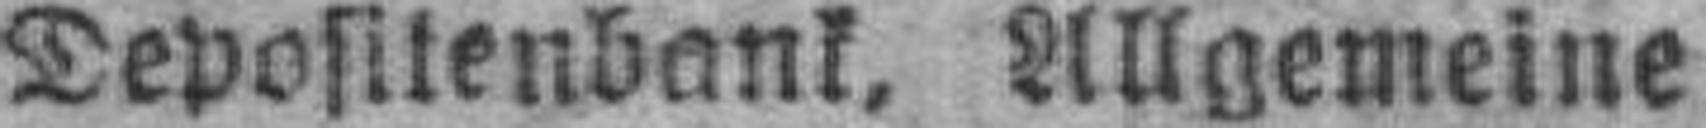
Depositenbank, Allgemeine.